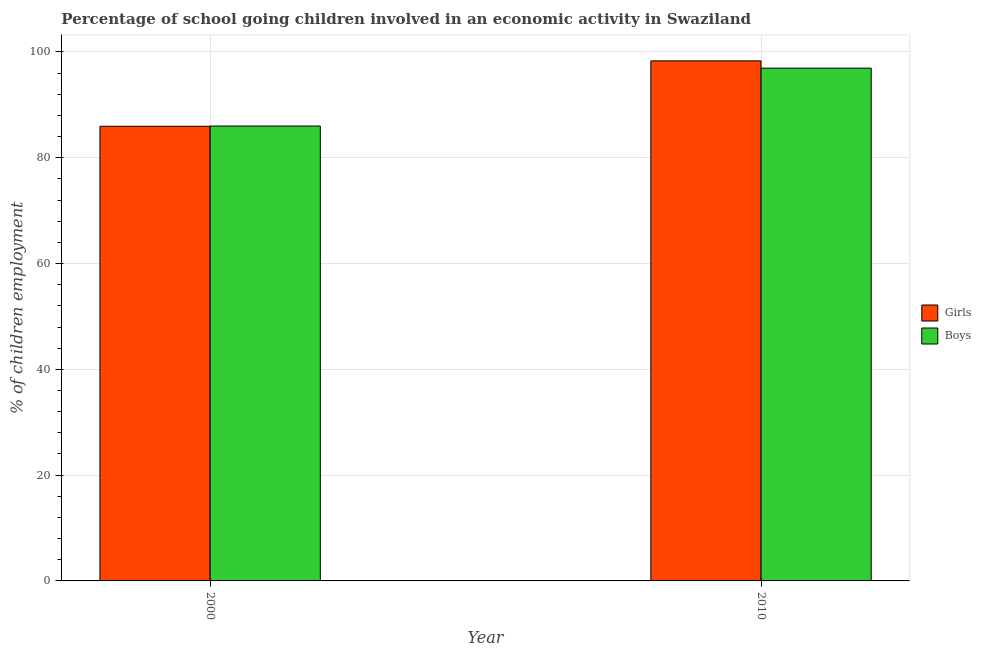
| Year | Girls | Boys |
 | --- | --- | --- |
 | 2000 | 86 | 86 |
 | 2010 | 98.3 | 96.9 |